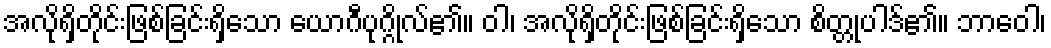
အလိုရှိတိုင်းဖြစ်ခြင်းရှိသော ယောဂီပုဂ္ဂိုလ်၏။ ဝါ၊ အလိုရှိတိုင်းဖြစ်ခြင်းရှိသော စိတ္တုပါဒ်၏။ ဘာဝေါ၊